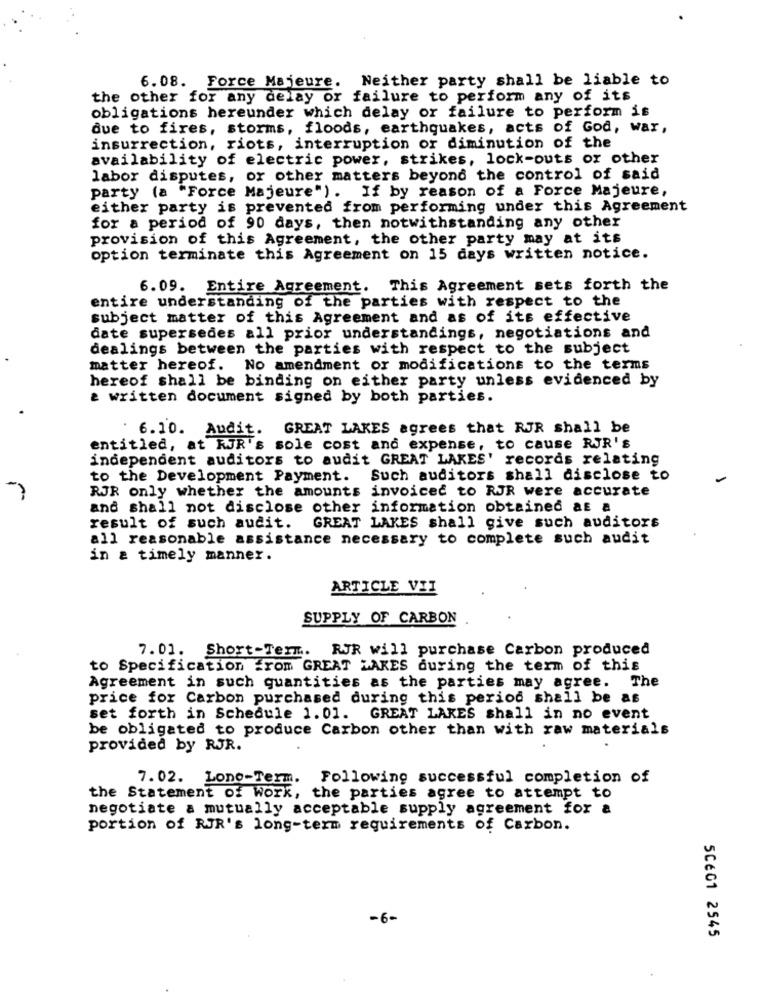
6. 08. Force Majeure. Neither party shall be liable to
the other for any delay or failure to perform any of its
obligations hereunder which delay or failure to perform is
due to fires, storms, floods, earthquakes, acts of God, war,
insurrection, riots, interruption or diminution of the
availability of electric power, strikes, lock-outs or other
labor disputes, or other matters beyond the control of said
party (a "Force Majeure"). If by reason of a Force Majeure,
either party is prevented from performing under this Agreement
for a period of 90 days, then notwithstanding any other
provision of this Agreement, the other party may at its
option terminate this Agreement on 15 days written notice.
6.09. Entire Agreement. This Agreement sets forth the
entire understanding of the parties with respect to the
subject matter of this Agreement and as of its effective
date supersedes all prior understandings, negotiations and
dealings between the parties with respect to the subject
matter hereof. No amendment or modifications to the terms
hereof shall be binding on either party unless evidenced by
& written document signed by both parties.
6.10. Audit.
GREAT LAKES agrees that RJR shall be
entitled, at KUR's sole cost and expense, to cause RJR's
independent auditors to audit GREAT LAKES' records relating
to the Development Payment. Such auditors shall disclose to
RJR only whether the amounts invoiced to RJR were accurate
and shall not disclose other information obtained as a
result of such audit.
GREAT LAKES shall give such auditors
all reasonable assistance necessary to complete such audit
in a timely manner.
ARTICLE VII
SUPPLY OF CARBON
RJR will purchase Carbon produced
7. 01. Short-Term ..
to Specification from GREAT LAKES during the term of this
Agreement in such quantities as the parties may agree. The
price for Carbon purchased during this period shall be as
set forth in Schedule 1.01. GREAT LAKES shall in no event
be obligated to produce Carbon other than with raw materials
provided by RJR.
7.02. Lono-Term. Following successful completion of
the Statement of Work, the parties agree to attempt to
negotiate a mutually acceptable supply agreement for a
portion of RJR's long-term requirements of Carbon.
-6 -
5CÉG1 2545